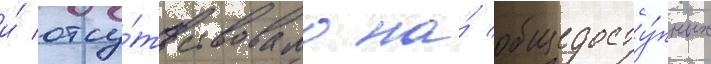
и́ отсу́тствовало на́ общедосту́пных